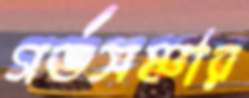
গর্ভসঞ্চার